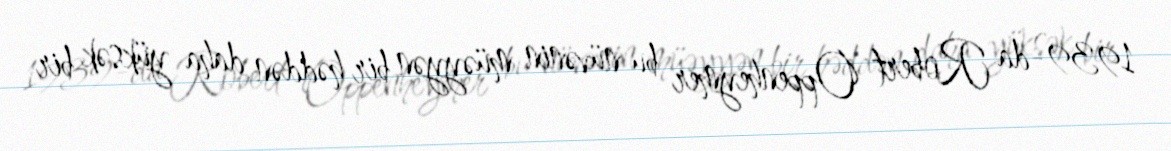
1939-da Robert Oppenheymer bu nüvənin müəyyən bir həddən daha yüksək bir